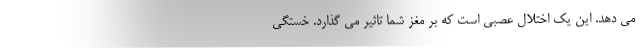
می دهد. این یک اختلال عصبی است که بر مغز شما تاثیر می گذارد. خستگی